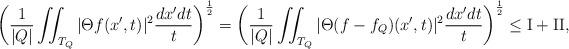
LaTeX: \begin{align*}\bigg(\frac{1}{|Q|} \iint_{T_Q} |\Theta f(x', t)|^2 \frac{dx' dt}{t}\bigg)^{\frac12} = \bigg(\frac{1}{|Q|} \iint_{T_Q} |\Theta (f-f_Q)(x', t)|^2 \frac{dx' dt}{t}\bigg)^{\frac12} \le {\rm I} + {\rm II}, \end{align*}